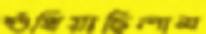
শুঁখিয়াছিলাম